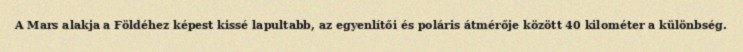
A Mars alakja a Földéhez képest kissé lapultabb, az egyenlítői és poláris átmérője között 40 kilométer a különbség.